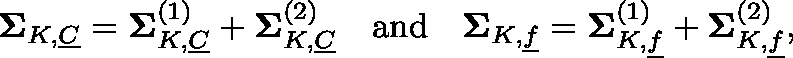
\begin{array} { r } { \mathbf { \Sigma } _ { K , \underline { { C } } } = \mathbf { \Sigma } _ { K , \underline { { C } } } ^ { ( 1 ) } + \mathbf { \Sigma } _ { K , \underline { { C } } } ^ { ( 2 ) } \quad \mathrm { a n d } \quad \mathbf { \Sigma } _ { K , \underline { { f } } } = \mathbf { \Sigma } _ { K , \underline { { f } } } ^ { ( 1 ) } + \mathbf { \Sigma } _ { K , \underline { { f } } } ^ { ( 2 ) } , } \end{array}